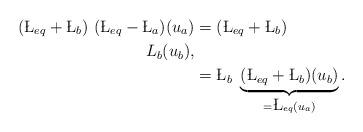
LaTeX: \begin{align*} (\L_{eq} + \L_b) \ (\L_{eq} - \L_a) (u_a) &= (\L_{eq} + \L_b) \\L_b(u_b) , \\&=\L_b \ \underbrace{(\L_{eq} + \L_b) (u_b)}_{= \L_{eq} (u_a)} .\end{align*}